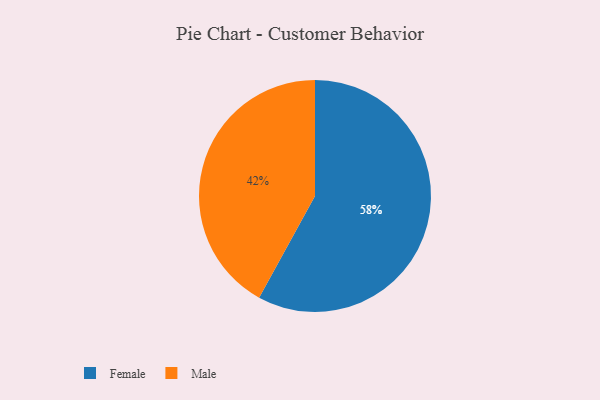
{"axis": {"x": "Category", "y": "Percentage"}, "legend": ["Female", "Male"], "data": [{"x": "Male", "y": 42, "type": "Male"}, {"x": "Female", "y": 58, "type": "Female"}]}